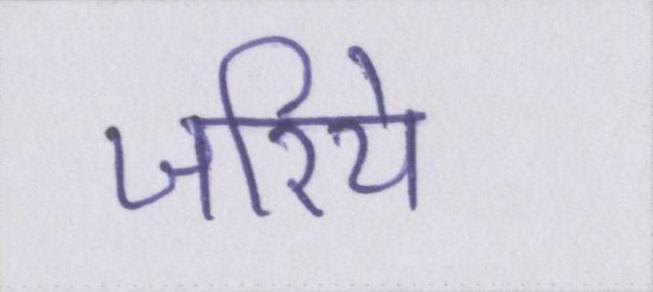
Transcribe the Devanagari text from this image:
जरिये